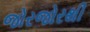
જોરજોરથી